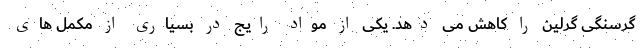
گرسنگی گرلین را کاهش می دهد. یکی از مواد رایج در بسیاری از مکمل های